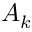
A _ { k }